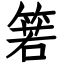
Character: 箬